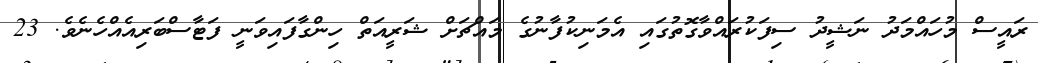
ރައީސް މުހައްމަދު ނަޝީދު ސިފަކުރައްވާގޮތުގައި އެމަނިކުފާނުގެ މައްޗަށް ޝަރީއަތް ހިންގާފައިވަނީ ފަޓާސްބަރިއެއްހެނެވެ. 23